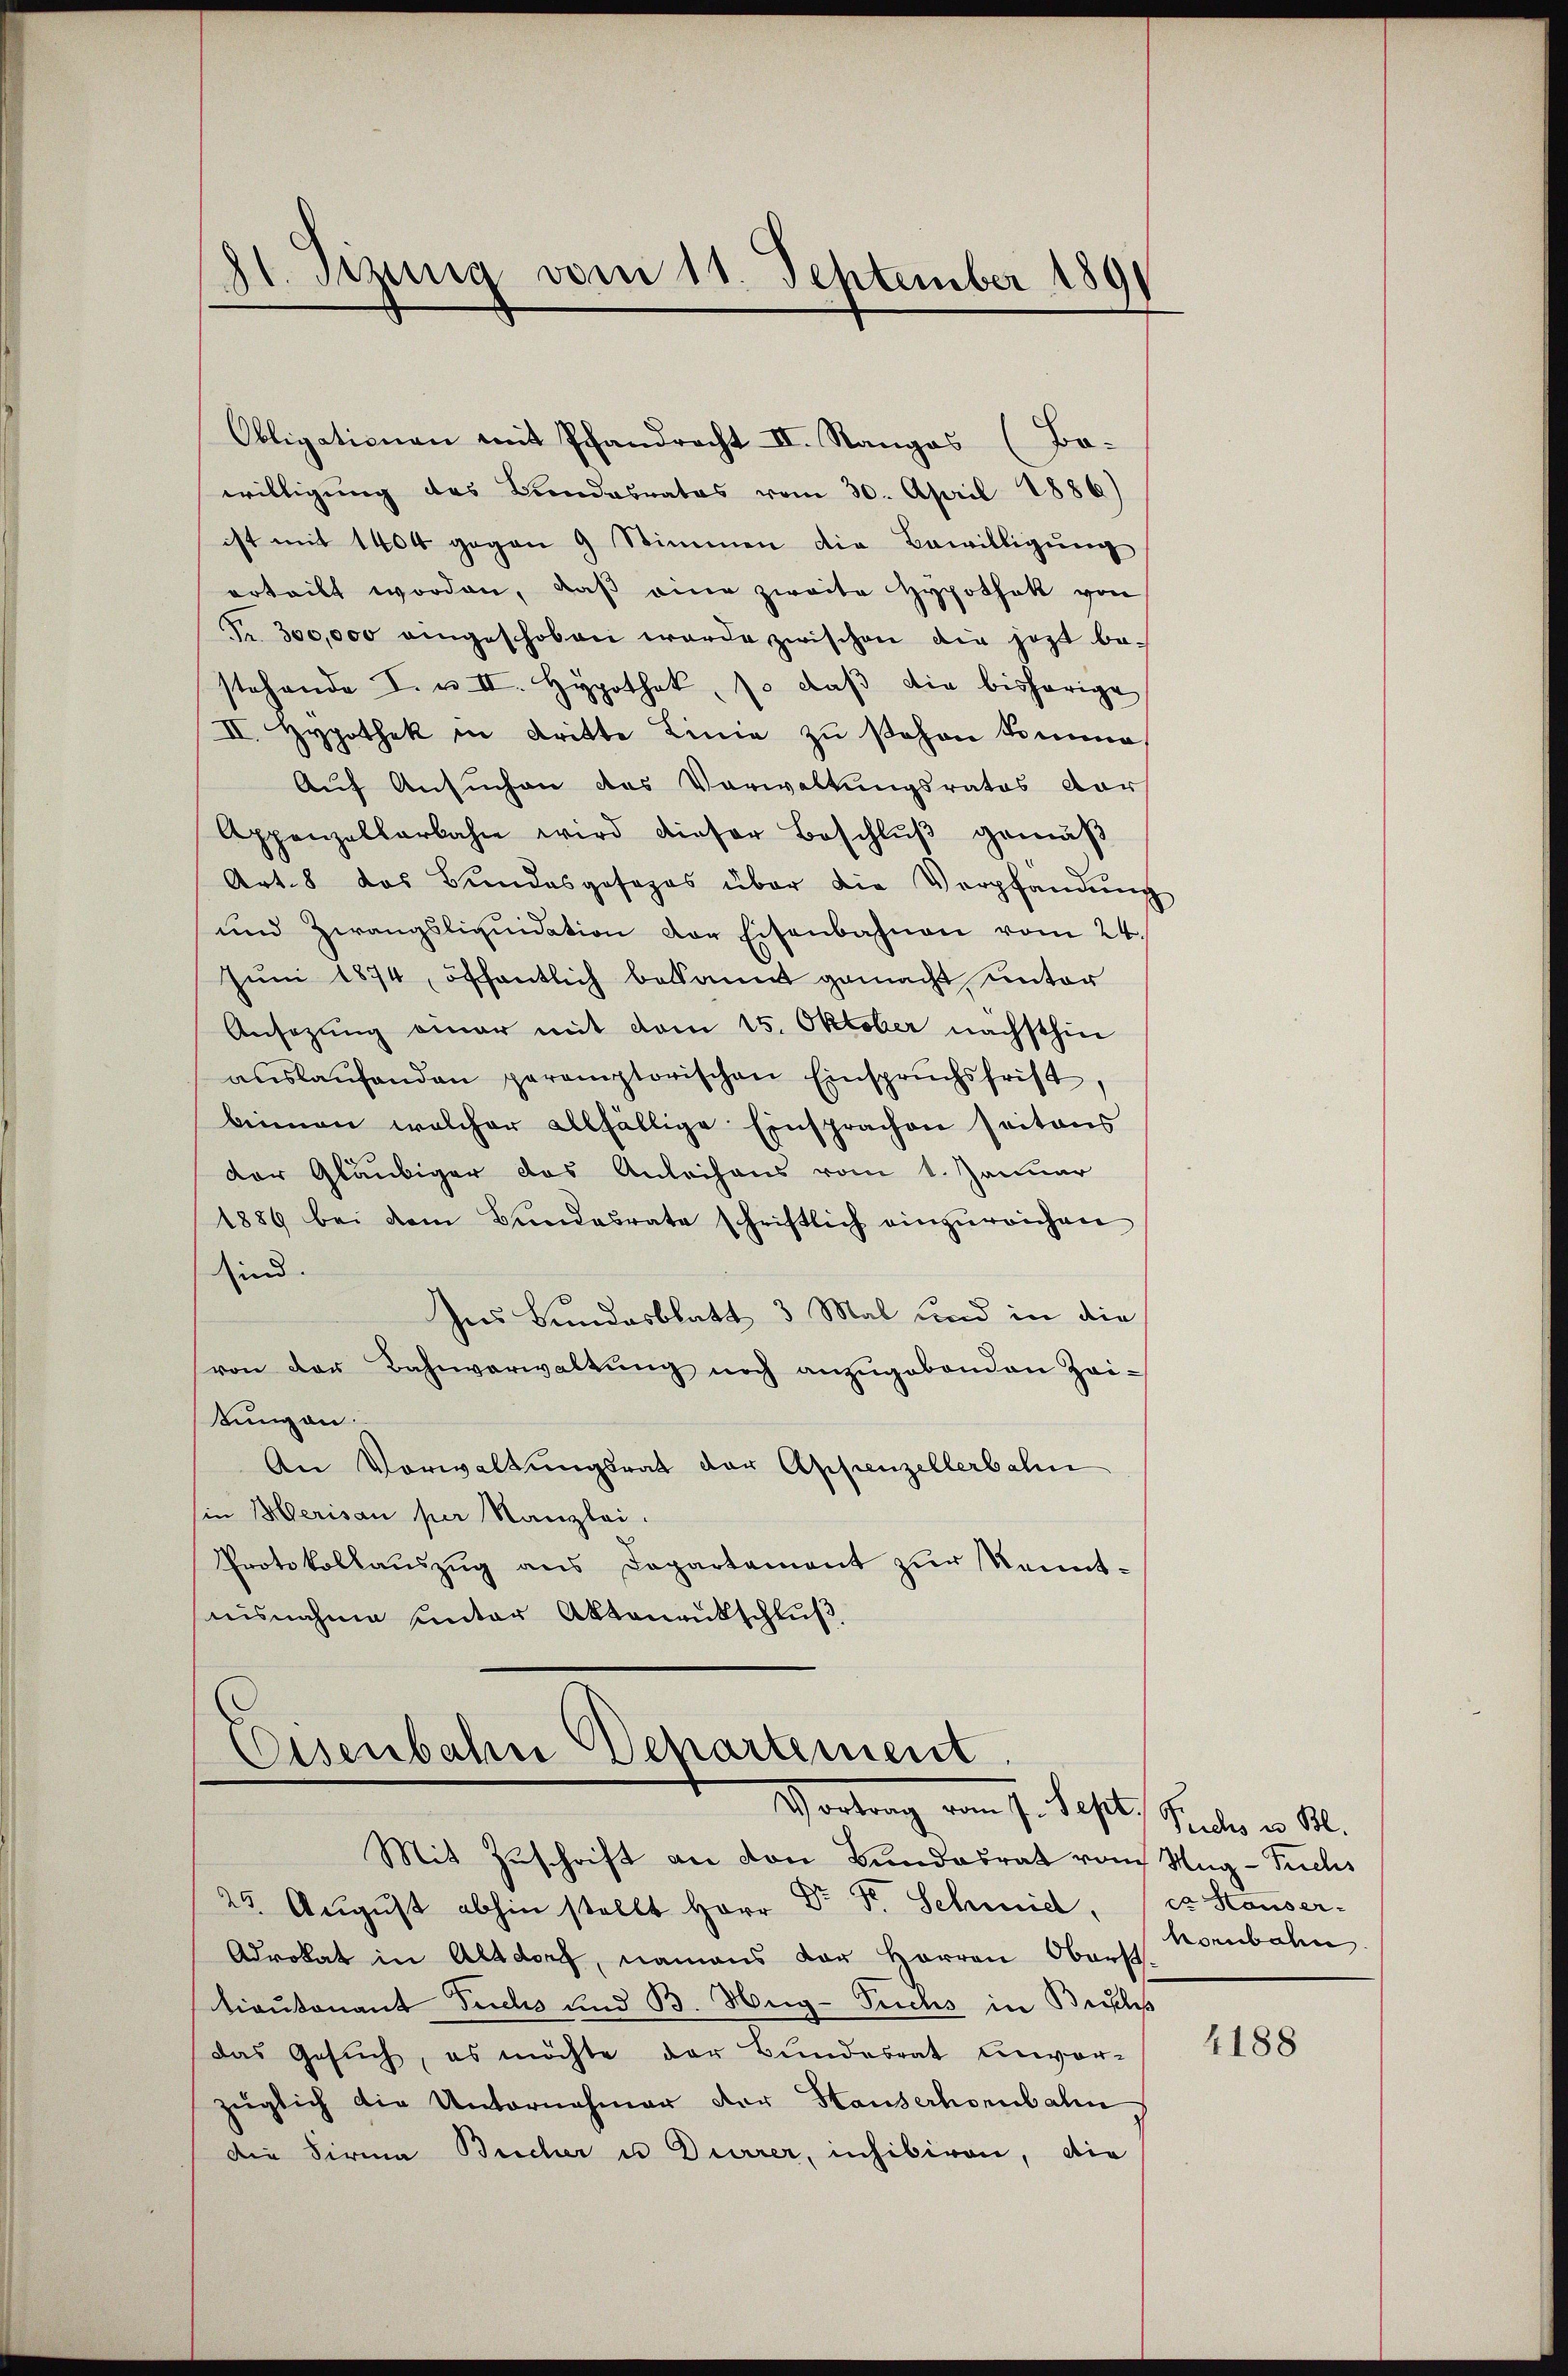
8t. Sizung vom 11. September 1891

Obligationen mit Pfandrecht II. Rangos (Bo-
willigung des Bundesrates vom 30. April 1886)
ist mit 1404 gegen 9 Stimmen die Bewilligung
orteilt worden, daß eine zweite Hypothek von
Fr. 300,000 angeschoben werde zwischen die jetzt be-
stehende V. v II. Hypothek, s. daβ die bisherige
II. Hypothek in dritte Linie zu schon komme,
Auf Ansuchen des Verwaltungsrates dar
Appenzellarbahn wird dieser Beschlŭβ gemäß
Art. 8 das Bŭndesgosozas über die Verpfändŭng
und Zwangsliquidation der Eisenbahnen vom 24.
Juni 1874, öffentlich bekannt gemacht unter
Ansezung einer mit vom 15. Oktober nächsthin
aŭslaŭfenden peremptorischen Einspruchsfrist,
binnen welcher allfällige Einsprachen seitens
der Gläubiger das Anleihens vom 1. Januar
1886 bei dem Bundesrate schriftlich einzŭreichen
sind.
Ins Bundesblatt 3 Mal und in die
von der Bahnverwaltung noch anzugebenden Zeitung an:
An Vorwaltungsrat der Appenzellerbahn
sie Belerisau per Kanzlei.
Protokollauszug aus Departement zur Kenntnisnahme unter Aktenrutschluß

Eisenbahn Separtement.
Vortrag vom 7. Sept. Sieder v. M.
Mit Zuschrift an von Bundesrat vom Hug-Fuchs

ca Hauser-
konbahn.

25. August abhin stellt Herr Dr. F. Schmid,
Advokat in Altdorf, namens der Herren Oberst
Lieutenant Fuchs und B. Hug-Tuchs in Buchs
das Gesuch, es möchte der Bundesrat unvor-
züglich die Unternehmer der Hauserhonubahn
Die Firma Brecher u Dürrer, inhibiren, die

4188